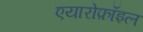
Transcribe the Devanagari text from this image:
एयारोफ़ॉइल